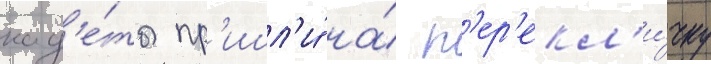
кад'е́ты пр'ишл'и́ на́ п'ер'екл'и́чку